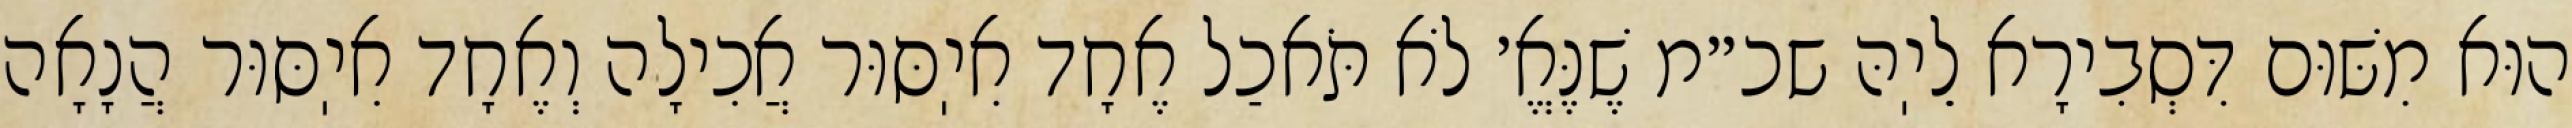
הוּא מִשּׁוּם דִּסְבִירָא לֵיֽהּ שכ״מ שֶׁנֶּאֱ׳ לֹא תֹּאכַל אֶחָד אִיֽסּוּר אֲכִילָה וְאֶחָד אִיֽסּוּר הֲנָאָה